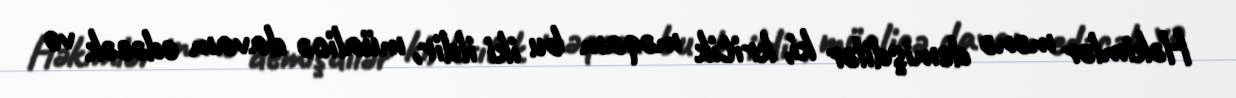
Həkimlər mənə demişdilər ki, kritik məqam bu iki ildir, müalicə davam edəcək və